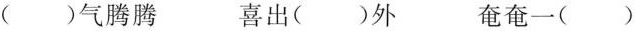
()气腾腾 喜出()外 奄奄一()